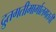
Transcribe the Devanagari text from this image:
द्रुतगतीमार्गालगतची